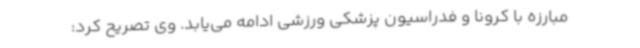
مبارزه با کرونا و فدراسیون پزشکی ورزشی ادامه می‌یابد. وی تصریح کرد: